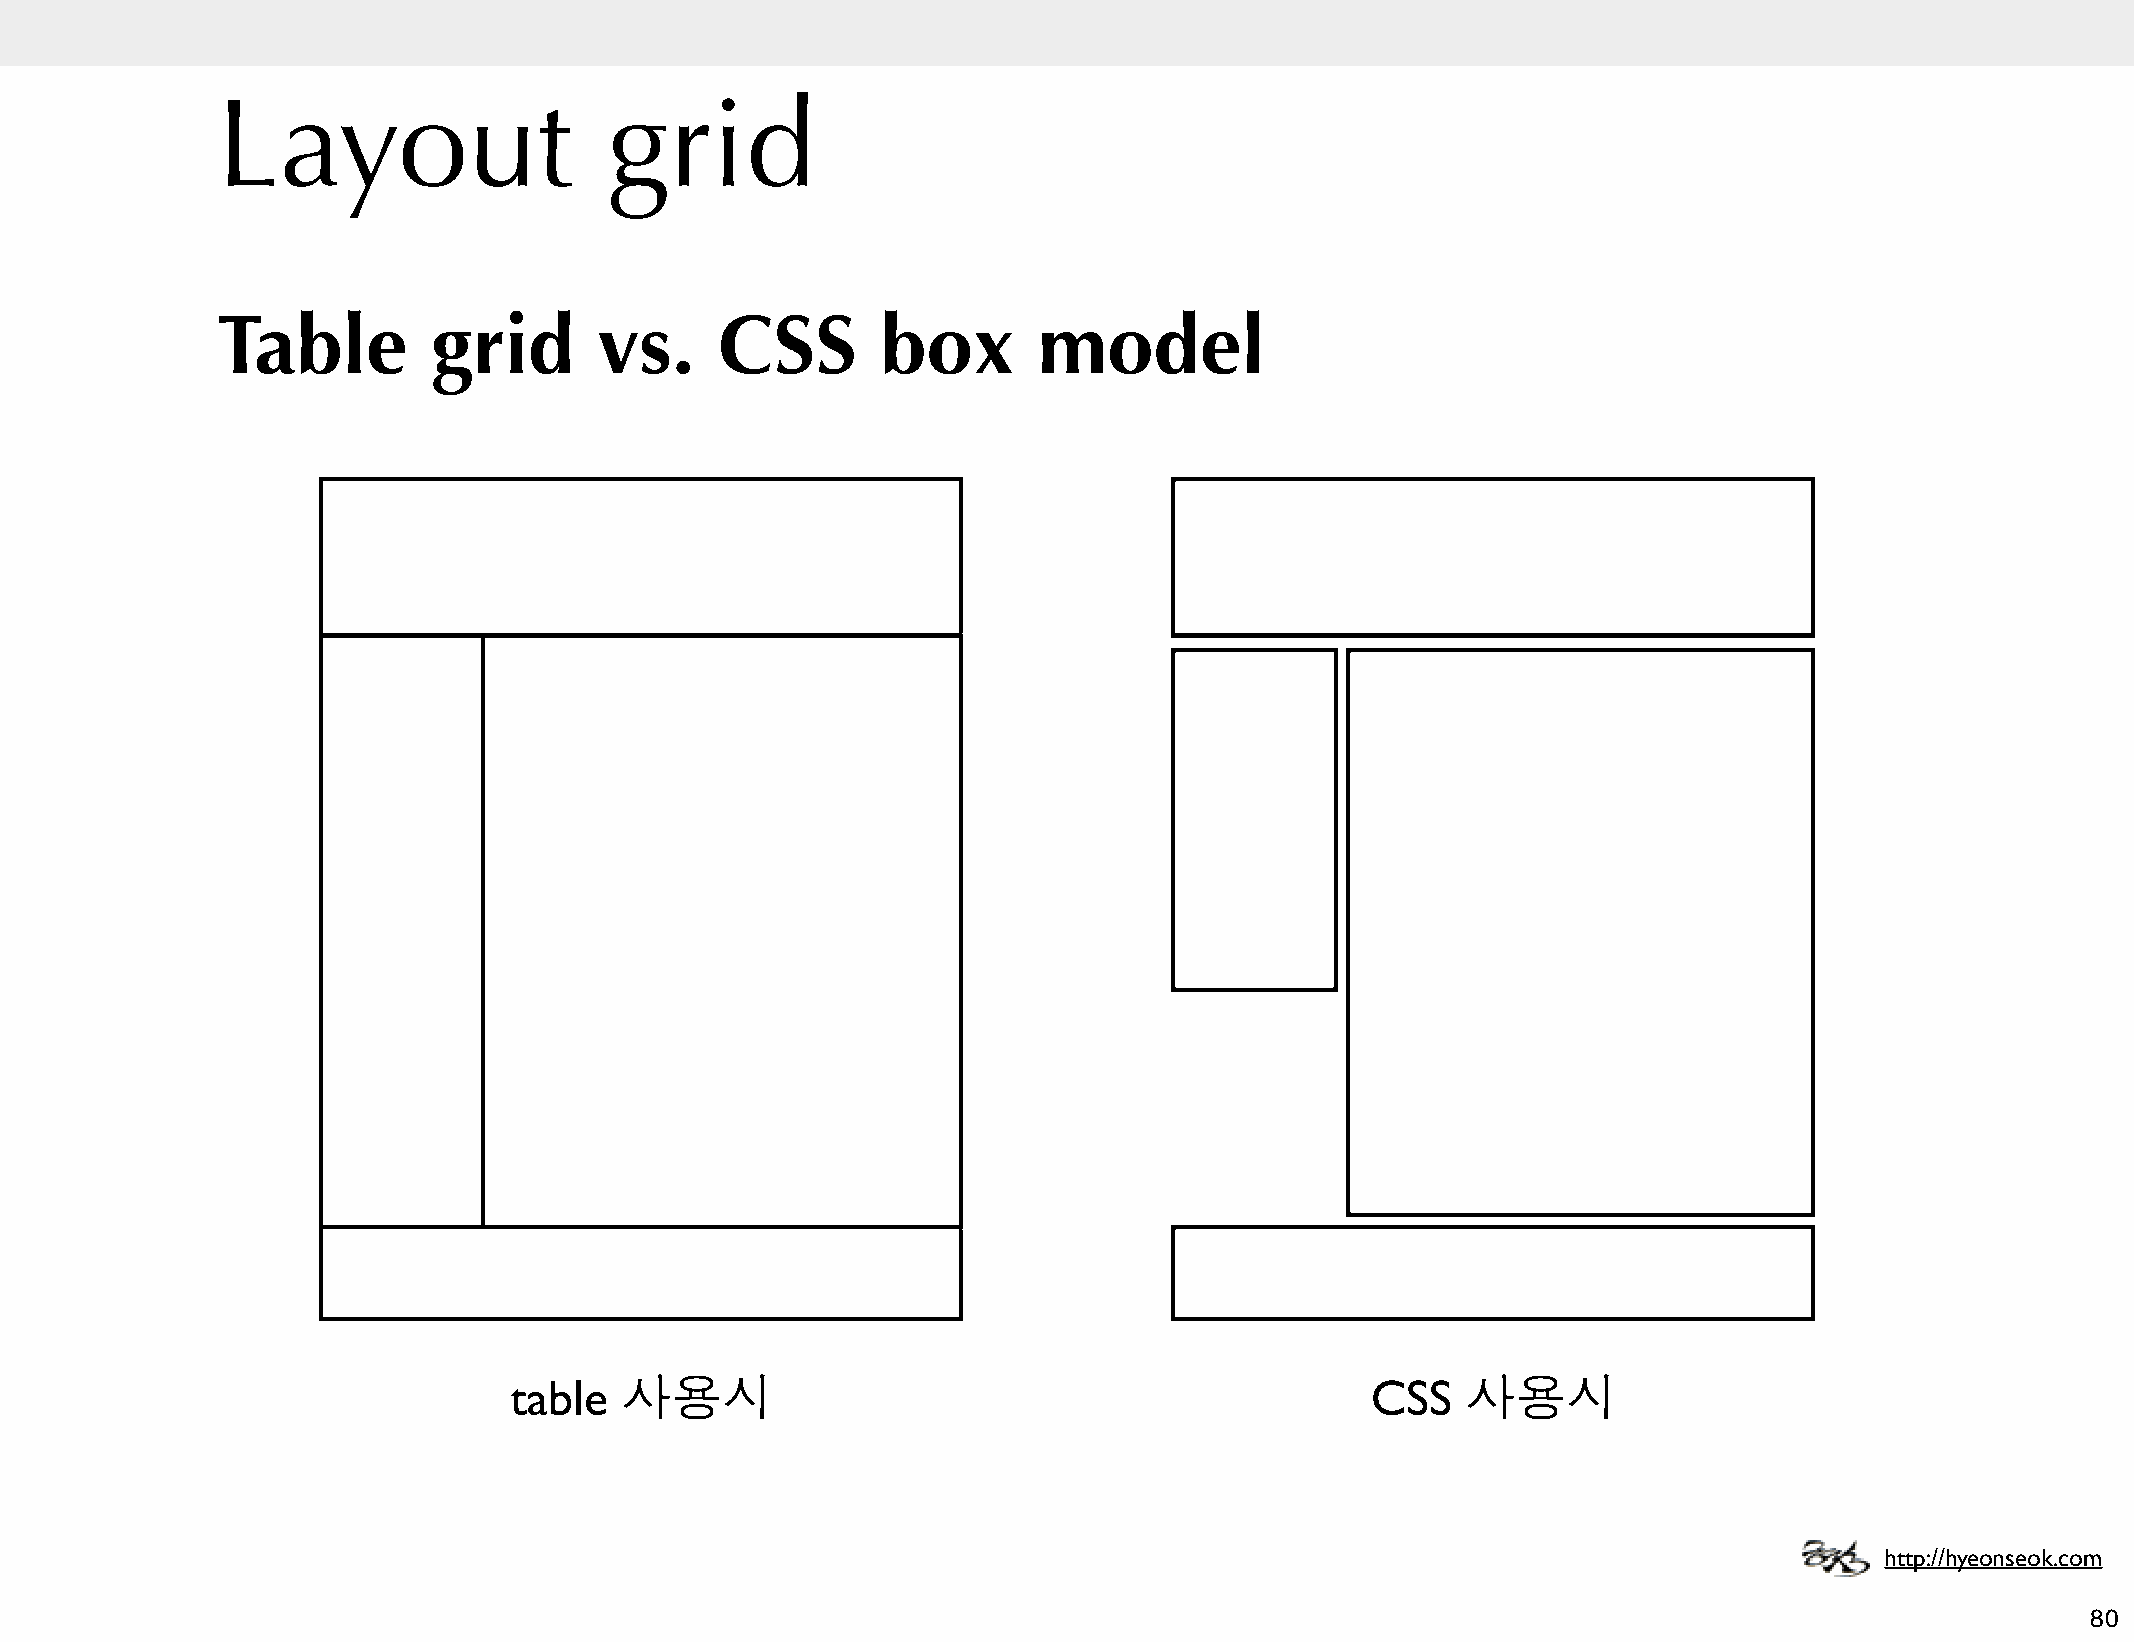
Layout                    grid
 Table          grid       vs.     CSS       box        model
 table  사용시                                               CSS   사용시
 http://hyeonseok.com
 80